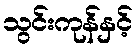
သွင်းကုန်နှင့်